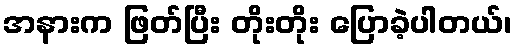
အနားက ဖြတ်ပြီး တိုးတိုး ပြောခဲ့ပါတယ်၊